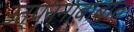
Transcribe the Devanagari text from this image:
उत्पन्नाबाबात